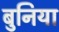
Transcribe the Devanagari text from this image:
बुनिया